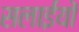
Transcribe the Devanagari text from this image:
सलाईयों